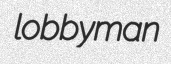
lobbyman